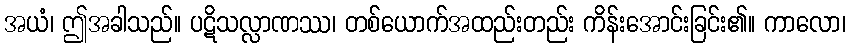
အယံ၊ ဤအခါသည်။ ပဋိသလ္လာဏဿ၊ တစ်ယောက်အထည်းတည်း ကိန်းအောင်းခြင်း၏။ ကာလော၊